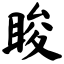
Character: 睃